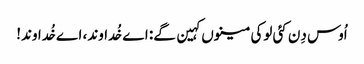
اُوس دِن کئی لوکی مینوں کہین گے: اے خُداوند، اے خُداوند!